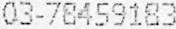
03-78459183